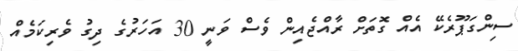
ސިންގަޕޫރެކޭ އެއް ގޮތަށް ރާއްޖެއިން ވެސް ވަނީ 30 އަހަރުގެ ދިގު ވެރިކަމެއް